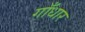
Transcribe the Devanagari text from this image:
गाँधार